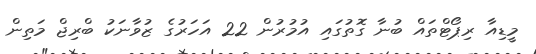
މީޑިއާ ރިޕޯޓްތައް ބުނާ ގޮތުގައި އުމުރުން 22 އަހަރުގެ ޒުވާނަކު ބްރިޖް މަތިން